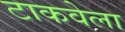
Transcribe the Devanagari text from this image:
टाकवेला